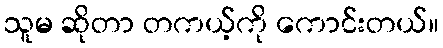
သူမ ဆိုတာ တကယ့်ကို ကောင်းတယ်။